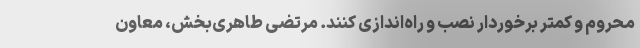
محروم و کمتر برخوردار نصب و راه‌اندازی کنند. مرتضی طاهری‌بخش، معاون